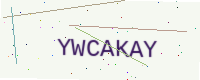
Text: YWCAKAY